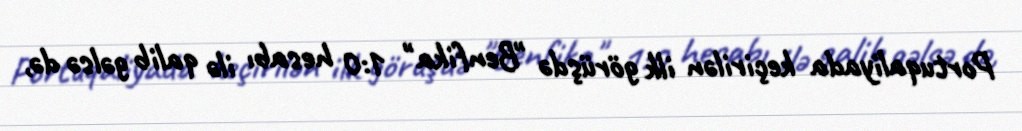
Portuqaliyada keçirilən ilk görüşdə "Benfika" 1:0 hesabı ilə qalib gəlsə də,